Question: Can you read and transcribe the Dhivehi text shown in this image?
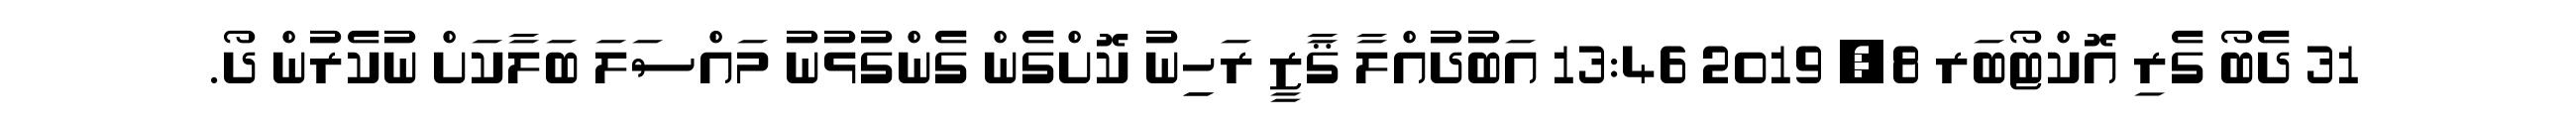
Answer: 31 ދެބޯ ގެރި އޮކްޓޯބަރ 8, 2019 13:46 އަބުދުއްލާ ޤާޒީ ރަހިިނު ކޮށްގެން ގެންގުޅުނު މައްސަލަ ބަލާކަށް ނުކެރުން ދޯ.